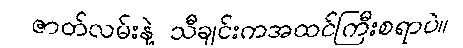
ဇာတ်လမ်းနဲ့ သီချင်းကအထင်ကြီးစရာပဲ။